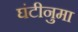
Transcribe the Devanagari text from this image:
घंटीनुमा